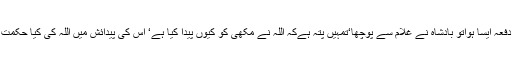
جب دو تین دفعہ ایسا ہواتو بادشاہ نے غلام سے پوچھا‘تمہیں پتہ ہےکہ اللہ نے مکھی کو کیوں پیدا کیا ہے‘ اس کی پیدائش میں اللہ کی کیا حکمت پوشیدہ ہے؟